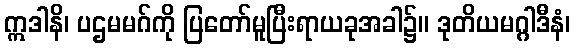
ဣဒါနိ၊ ပဌမမဂ်ကို ပြတော်မူပြီးရာယခုအခါ၌။ ဒုတိယမဂ္ဂါဒီနံ၊